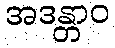
အဒန္တာဝ